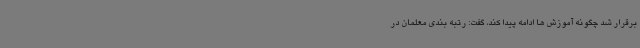
برقرار شد چگونه آموزش ها ادامه پیدا کند، گفت: رتبه بندی معلمان در